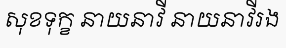
សុខទុក្ខ នាយនាវី នាយនាវីរង